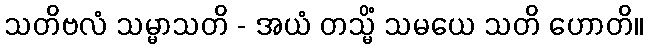
သတိဗလံ သမ္မာသတိ - အယံ တသ္မိံ သမယေ သတိ ဟောတိ။